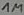
Text: 1M